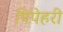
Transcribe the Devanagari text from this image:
पिपेहरी